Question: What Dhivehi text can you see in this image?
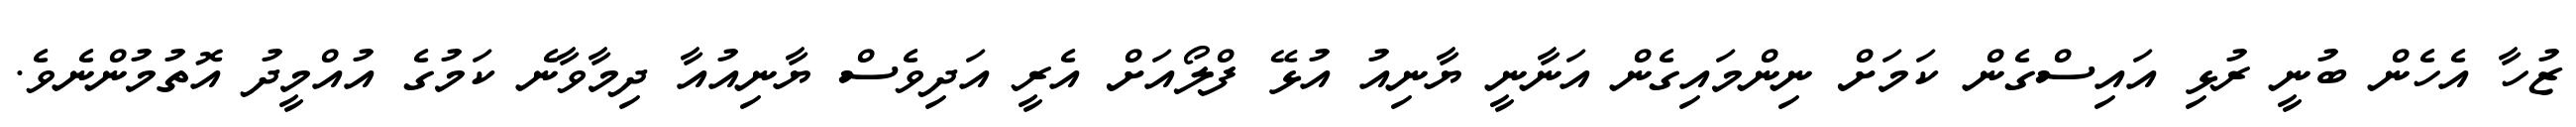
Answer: ޒުހާ އެހެން ބުނީ ރުޅި އައިސްގެން ކަމަށް ނިންމައިގެން އަނާނީ ޔާނިއު އުޅޭ ފްލޯއަށް އެރީ އަދިވެސް ޔާނިއުއާ ދިމާވާނެ ކަމުގެ އުއްމީދު އޮތުމުންނެވެ.